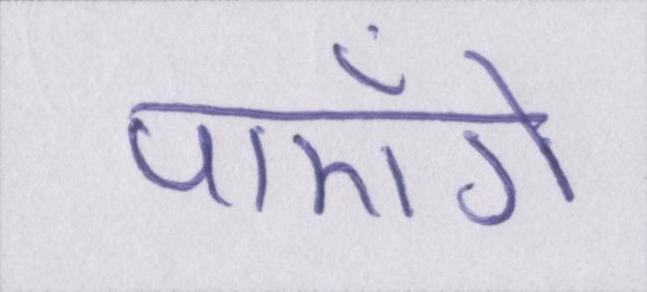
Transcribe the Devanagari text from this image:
पाएँगे